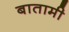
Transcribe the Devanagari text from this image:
बातामी